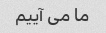
ما می آییم